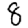
Digit: 8